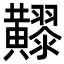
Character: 𪏧